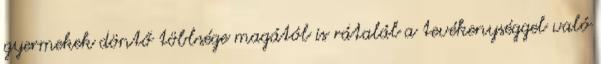
gyermekek döntő többsége magától is rátalál a tevékenységgel való